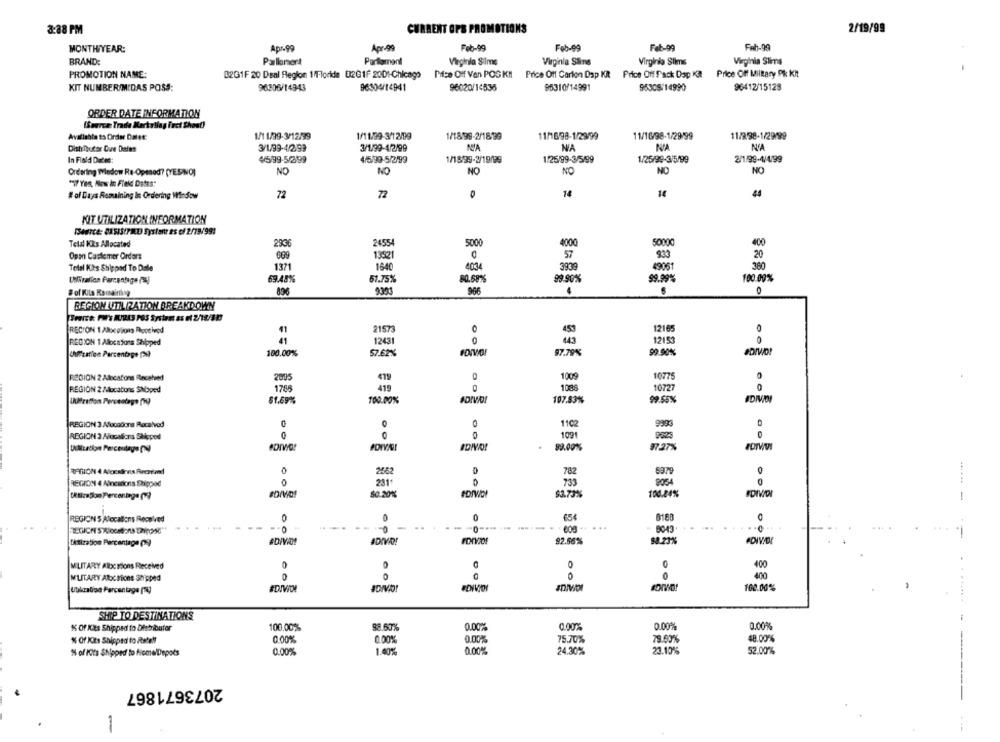
3:38 PM
CURRENT OPS PROMOTIONS
2/19/99
MONTHIYEAR:
Apr-99
Apr-99
Feb-99
Feb-99
Feb-99
Feb-99
BRAND:
Pallamert
Parlament
Virginia Silme
Virginia Siins
Virginia Slims
Virginia Slims
PROMOTION NAME:
B2G1F 20 Daal Region 1/Florida U2GIF 2001-Chicago
Mice Off Van POSKI
Price Off Carion Dap KR Price Off Fack Dap Ka Price Of Milkary PR Kit
KIT NUMBER/MIDAS POSS:
96806/14943
96304/14941
96020/14536
85310/14991
95309/14990
96412/15128
ORDER DATE INFORMATION
(Source Trade Markellag Fact Shost)
Avaliable to Order Datet:
1/1 1/39-3/12/99
1/11/99-3/1 2/99
1/18/99-2/1899
11/16/98-1/29/99
11/16/98-1/29/99
11/9.98-1/29/99
Distributor Due Dates
3/1/99-4/2-93
3/1/99-4/2/99
NIA
NA
In Field Dades:
4/5/99-5/2/99
4/5/99-5/2/99
1/18/99-2/19/99
1/25/99-3/5/99
1/25/99-3/5/99
2/1/99-4/4/99
Ordering Tyledow Re-Opmod? (YESINO)
NO
NO
NO
NO
NO
NO
"i Yes, Mow in Field Dates:
72
0
14
14
44
# of Days Remaining lis Ordering Window
72
KIT UTILIZATION INFORMATION
Serce: BASIS/FMU Systent es ef 2/79/991
Telal KRs Allocated
293€
24554
5000
4000
50000
400
Opan Castemer Orders
669
13521
57
930
20
Total Kts Shipped To Date
1371
1640
403
3939
49061
360
69.48%
67.75%
80.68%
99.90%
99.99%
100.00%
966
4
# of Kils Remaining
REGION UTILIZATION BREAKDOWN
453
0
RECION 1Albcolons Received
21573
0
12165
REGION 1 Allocations Shipped
12431
0
12153
Unification Percentage (x)
100.00%
57.62%
97.79%
99.90%
REGION 2 Allocations Recebed
2895
1009
10775
1005
10727
0
REGION 2 Mocations SNoped
1785
419
Uueration Percentage (99)
51.69%
100.00%
107.83%
99.55%
IDIVIDI
REGION 3 Afocadons Received
0
1102
9900
REGION 3 Alocations Slipped
1021
-
0
PORVA!
BDYWO!
89.00%
2562
782
5979
REGION 4 Alnearions Shipped
0
231
733
8054
0
UR tica Som Percentage (9)
80.20%%
$3.73%
100.24%
REGIONS Alocations Received
0
8188
8043
IDIVO!
Fonder
92.56%
thtization Percentage (9
0
400
MILITARY Alloc sions Received
M'UITARY Albctions Shipped
0
400
Utkaliso Percentage (TV)
JDIVO!
100.00%
SHIP TO DESTINATIONS
% Of Kits Shipped to Distributer
100.00%
98.63%
0.00%
0.00%
0.00%
0.00%
0.00%
0.00%
0.00%
75.70%
79.60%
48.00%
% Of Kits Shipped to Rete !!
% of Its Shipped to fiome Depots
0.00%
1.40%%
0.00%
24.30%
23.10%
52.00%
2073671867